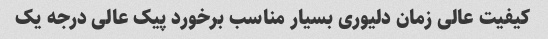
کیفیت عالی زمان دلیوری بسیار مناسب برخورد پیک عالی درجه یک